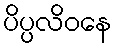
ပိပ္ပလိဝနေ